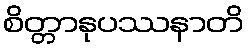
စိတ္တာနုပဿနာတိ